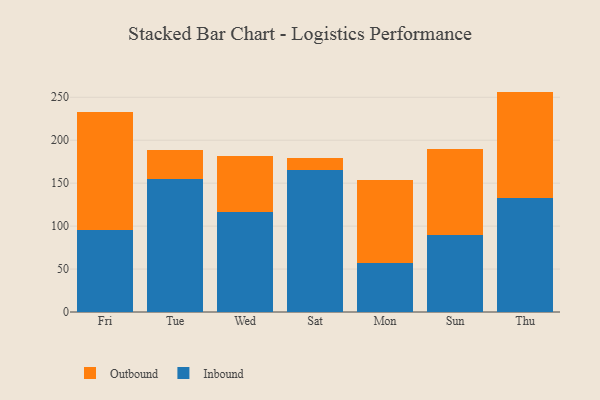
{"axis": {"x": "Day", "y": "Energy Usage (MWh)"}, "legend": ["Inbound", "Outbound"], "data": [{"x": "Fri", "y": 96.0, "type": "Inbound"}, {"x": "Fri", "y": 136.9, "type": "Outbound"}, {"x": "Tue", "y": 154.9, "type": "Inbound"}, {"x": "Tue", "y": 34.0, "type": "Outbound"}, {"x": "Wed", "y": 116.1, "type": "Inbound"}, {"x": "Wed", "y": 65.7, "type": "Outbound"}, {"x": "Sat", "y": 165.7, "type": "Inbound"}, {"x": "Sat", "y": 14.0, "type": "Outbound"}, {"x": "Mon", "y": 57.0, "type": "Inbound"}, {"x": "Mon", "y": 96.9, "type": "Outbound"}, {"x": "Sun", "y": 89.9, "type": "Inbound"}, {"x": "Sun", "y": 99.9, "type": "Outbound"}, {"x": "Thu", "y": 132.6, "type": "Inbound"}, {"x": "Thu", "y": 124.0, "type": "Outbound"}]}